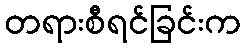
တရားစီရင်ခြင်းက